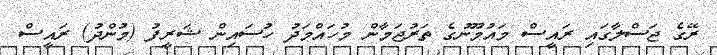
ރޭގެ ޖަސްލާގައި ރައީސް މައުމޫނުގެ ތަރުޖަމާން މުހައްމަދު ހުސައިން ޝަރީފު (މުންދު) ރައީސް